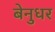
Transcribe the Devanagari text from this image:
बेनुधर